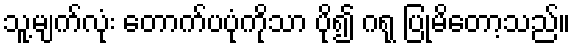
သူ့မျက်လုံး တောက်ပပုံကိုသာ ပို၍ ဂရု ပြုမိတော့သည်။